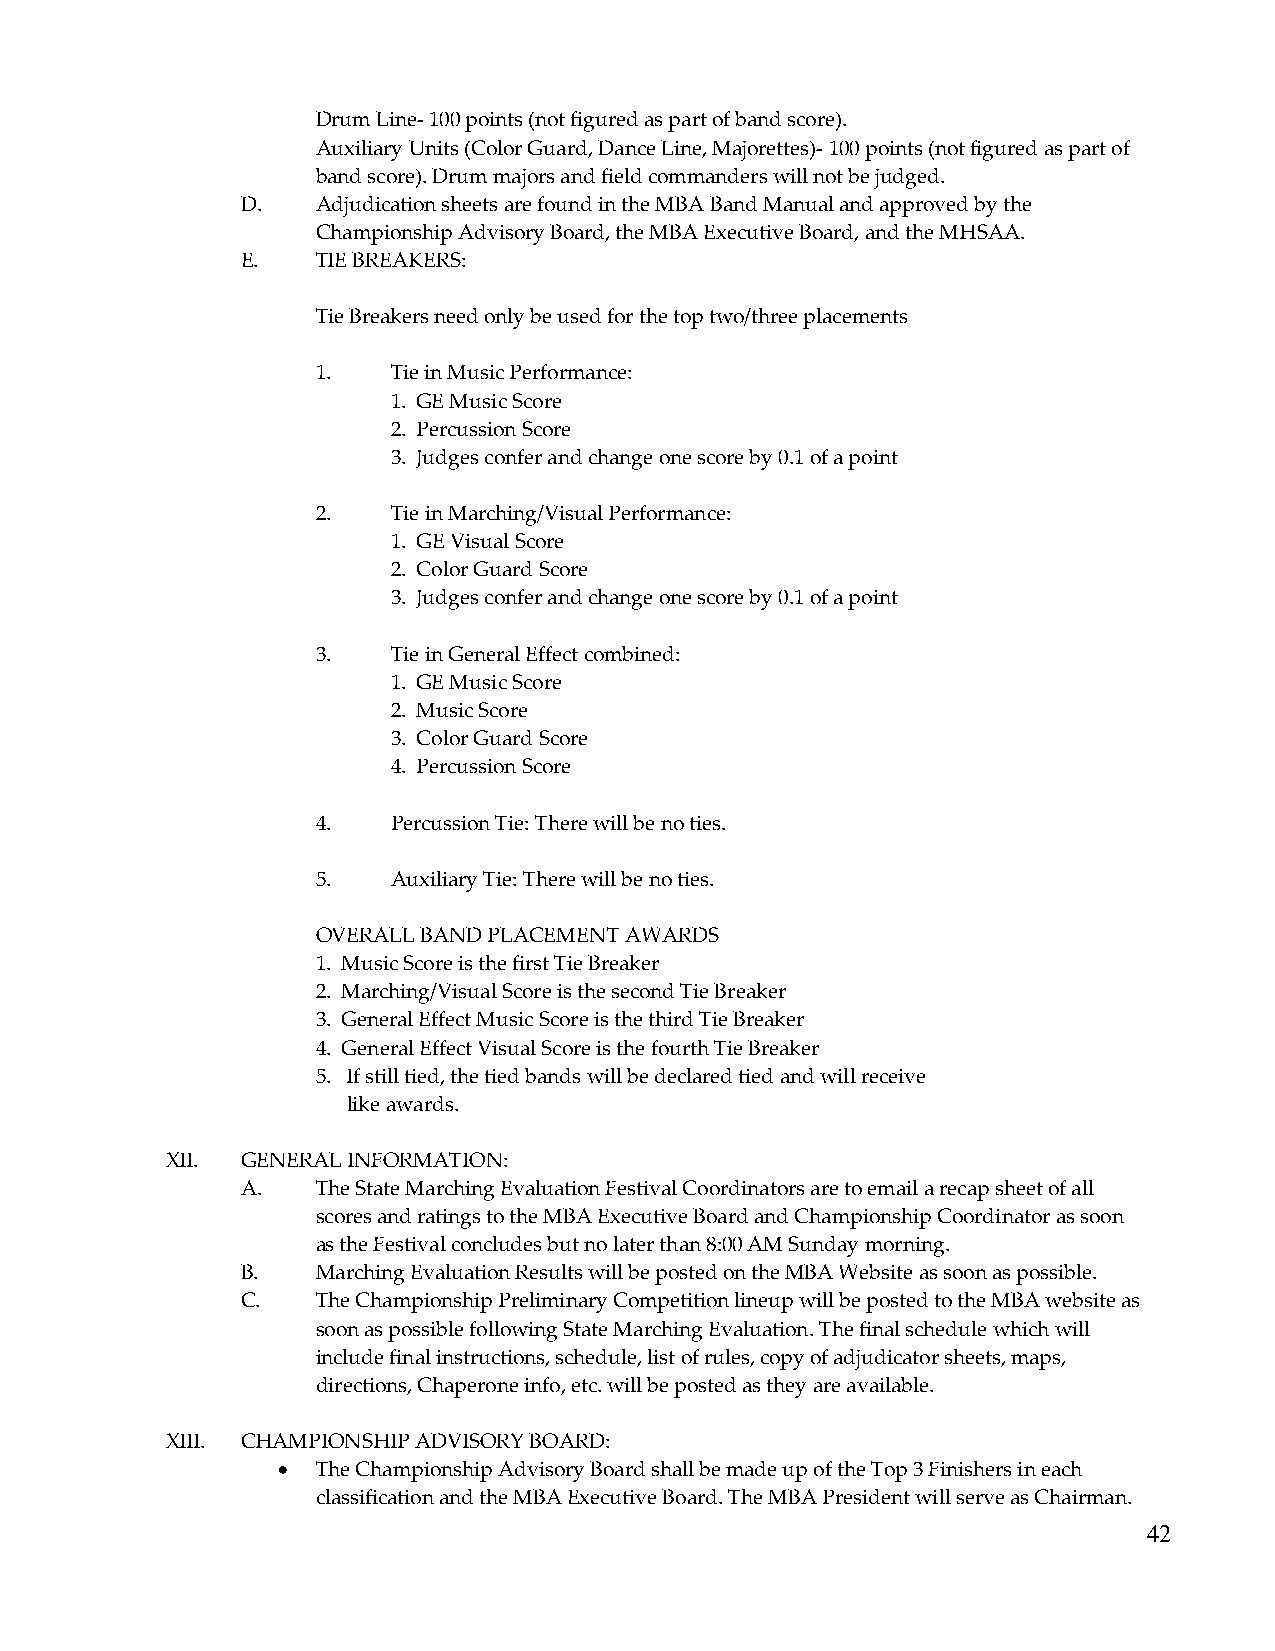
Drum Line- 100 points (not figured as part of band score).
 Auxiliary Units (Color Guard, Dance Line, Majorettes)- 100 points (not figured as part of
 band score). Drum majors and field commanders will not be judged.
 D.   Adjudication sheets are found in the MBA Band Manual and approved by the
 Championship Advisory Board, the MBA Executive Board, and the MHSAA.
 E.   TIE BREAKERS:
 Tie Breakers need only be used for the top two/three placements
 1.   Tie in Music Performance:
 1. GE Music Score
 2. Percussion Score
 3. Judges confer and change one score by 0.1 of a point
 2.   Tie in Marching/Visual Performance:
 1. GE Visual Score
 2. Color Guard Score
 3. Judges confer and change one score by 0.1 of a point
 3.   Tie in General Effect combined:
 1. GE Music Score
 2. Music Score
 3. Color Guard Score
 4. Percussion Score
 4.   Percussion Tie: There will be no ties.
 5.   Auxiliary Tie: There will be no ties.
 OVERALL BAND PLACEMENT AWARDS
 1. Music Score is the first Tie Breaker
 2. Marching/Visual Score is the second Tie Breaker
 3. General Effect Music Score is the third Tie Breaker
 4. General Effect Visual Score is the fourth Tie Breaker
 5. If still tied, the tied bands will be declared tied and will receive
 like awards.
 XII. GENERAL INFORMATION:
 A.   The State Marching Evaluation Festival Coordinators are to email a recap sheet of all
 scores and ratings to the MBA Executive Board and Championship Coordinator as soon
 as the Festival concludes but no later than 8:00 AM Sunday morning.
 B.   Marching Evaluation Results will be posted on the MBA Website as soon as possible.
 C.   The Championship Preliminary Competition lineup will be posted to the MBA website as
 soon as possible following State Marching Evaluation. The final schedule which will
 include final instructions, schedule, list of rules, copy of adjudicator sheets, maps,
 directions, Chaperone info, etc. will be posted as they are available.
 XIII. CHAMPIONSHIP ADVISORY BOARD:
 •  The Championship Advisory Board shall be made up of the Top 3 Finishers in each
 classification and the MBA Executive Board. The MBA President will serve as Chairman.
 42